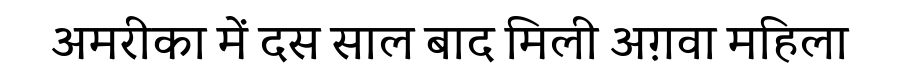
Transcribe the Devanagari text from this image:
अमरीका में दस साल बाद मिली अग़वा महिला